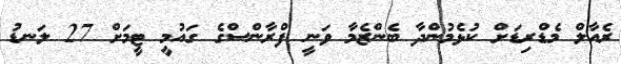
ރެއާލް މެޑްރިޑަށް ކުޅެމުންދާ ބެންޒެމާ ވަނީ ފްރާންސްގެ ގައުމީ ޓީމަށް 27 ލަނޑު